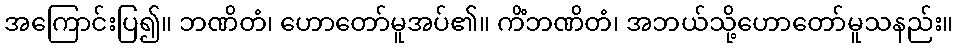
အကြောင်းပြ၍။ ဘဏိတံ၊ ဟောတော်မူအပ်၏။ ကိံဘဏိတံ၊ အဘယ်သို့ဟောတော်မူသနည်း။